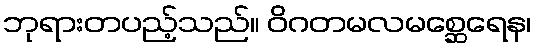
ဘုရားတပည့်သည်။ ဝိဂတမလမစ္ဆေရေန၊